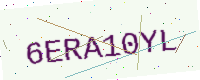
Text: 6ERA10YL